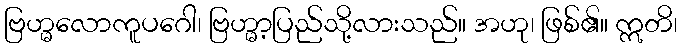
ဗြဟ္မလောကူပဂေါ၊ ဗြဟ္မာ့ပြည်သို့လားသည်။ အဟု၊ ဖြစ်၏။ ဣတိ၊